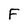
Character: F